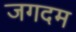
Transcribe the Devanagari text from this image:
जगदम